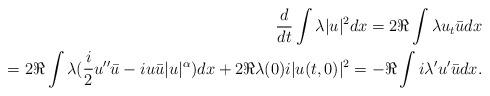
LaTeX: \begin{align*}\frac d{dt} \int \lambda |u|^2 dx= 2\Re \int \lambda u_t \bar u dx\\=2\Re \int \lambda (\frac i 2 u'' \bar u - i u \bar u|u|^\alpha)dx +2\Re \lambda(0) i |u(t,0)|^2=- \Re \int i \lambda' u' \bar u dx.\end{align*}